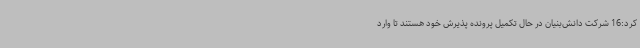
کرد:16 شرکت دانش‌بنیان در حال تکمیل پرونده پذیرش خود هستند تا وارد